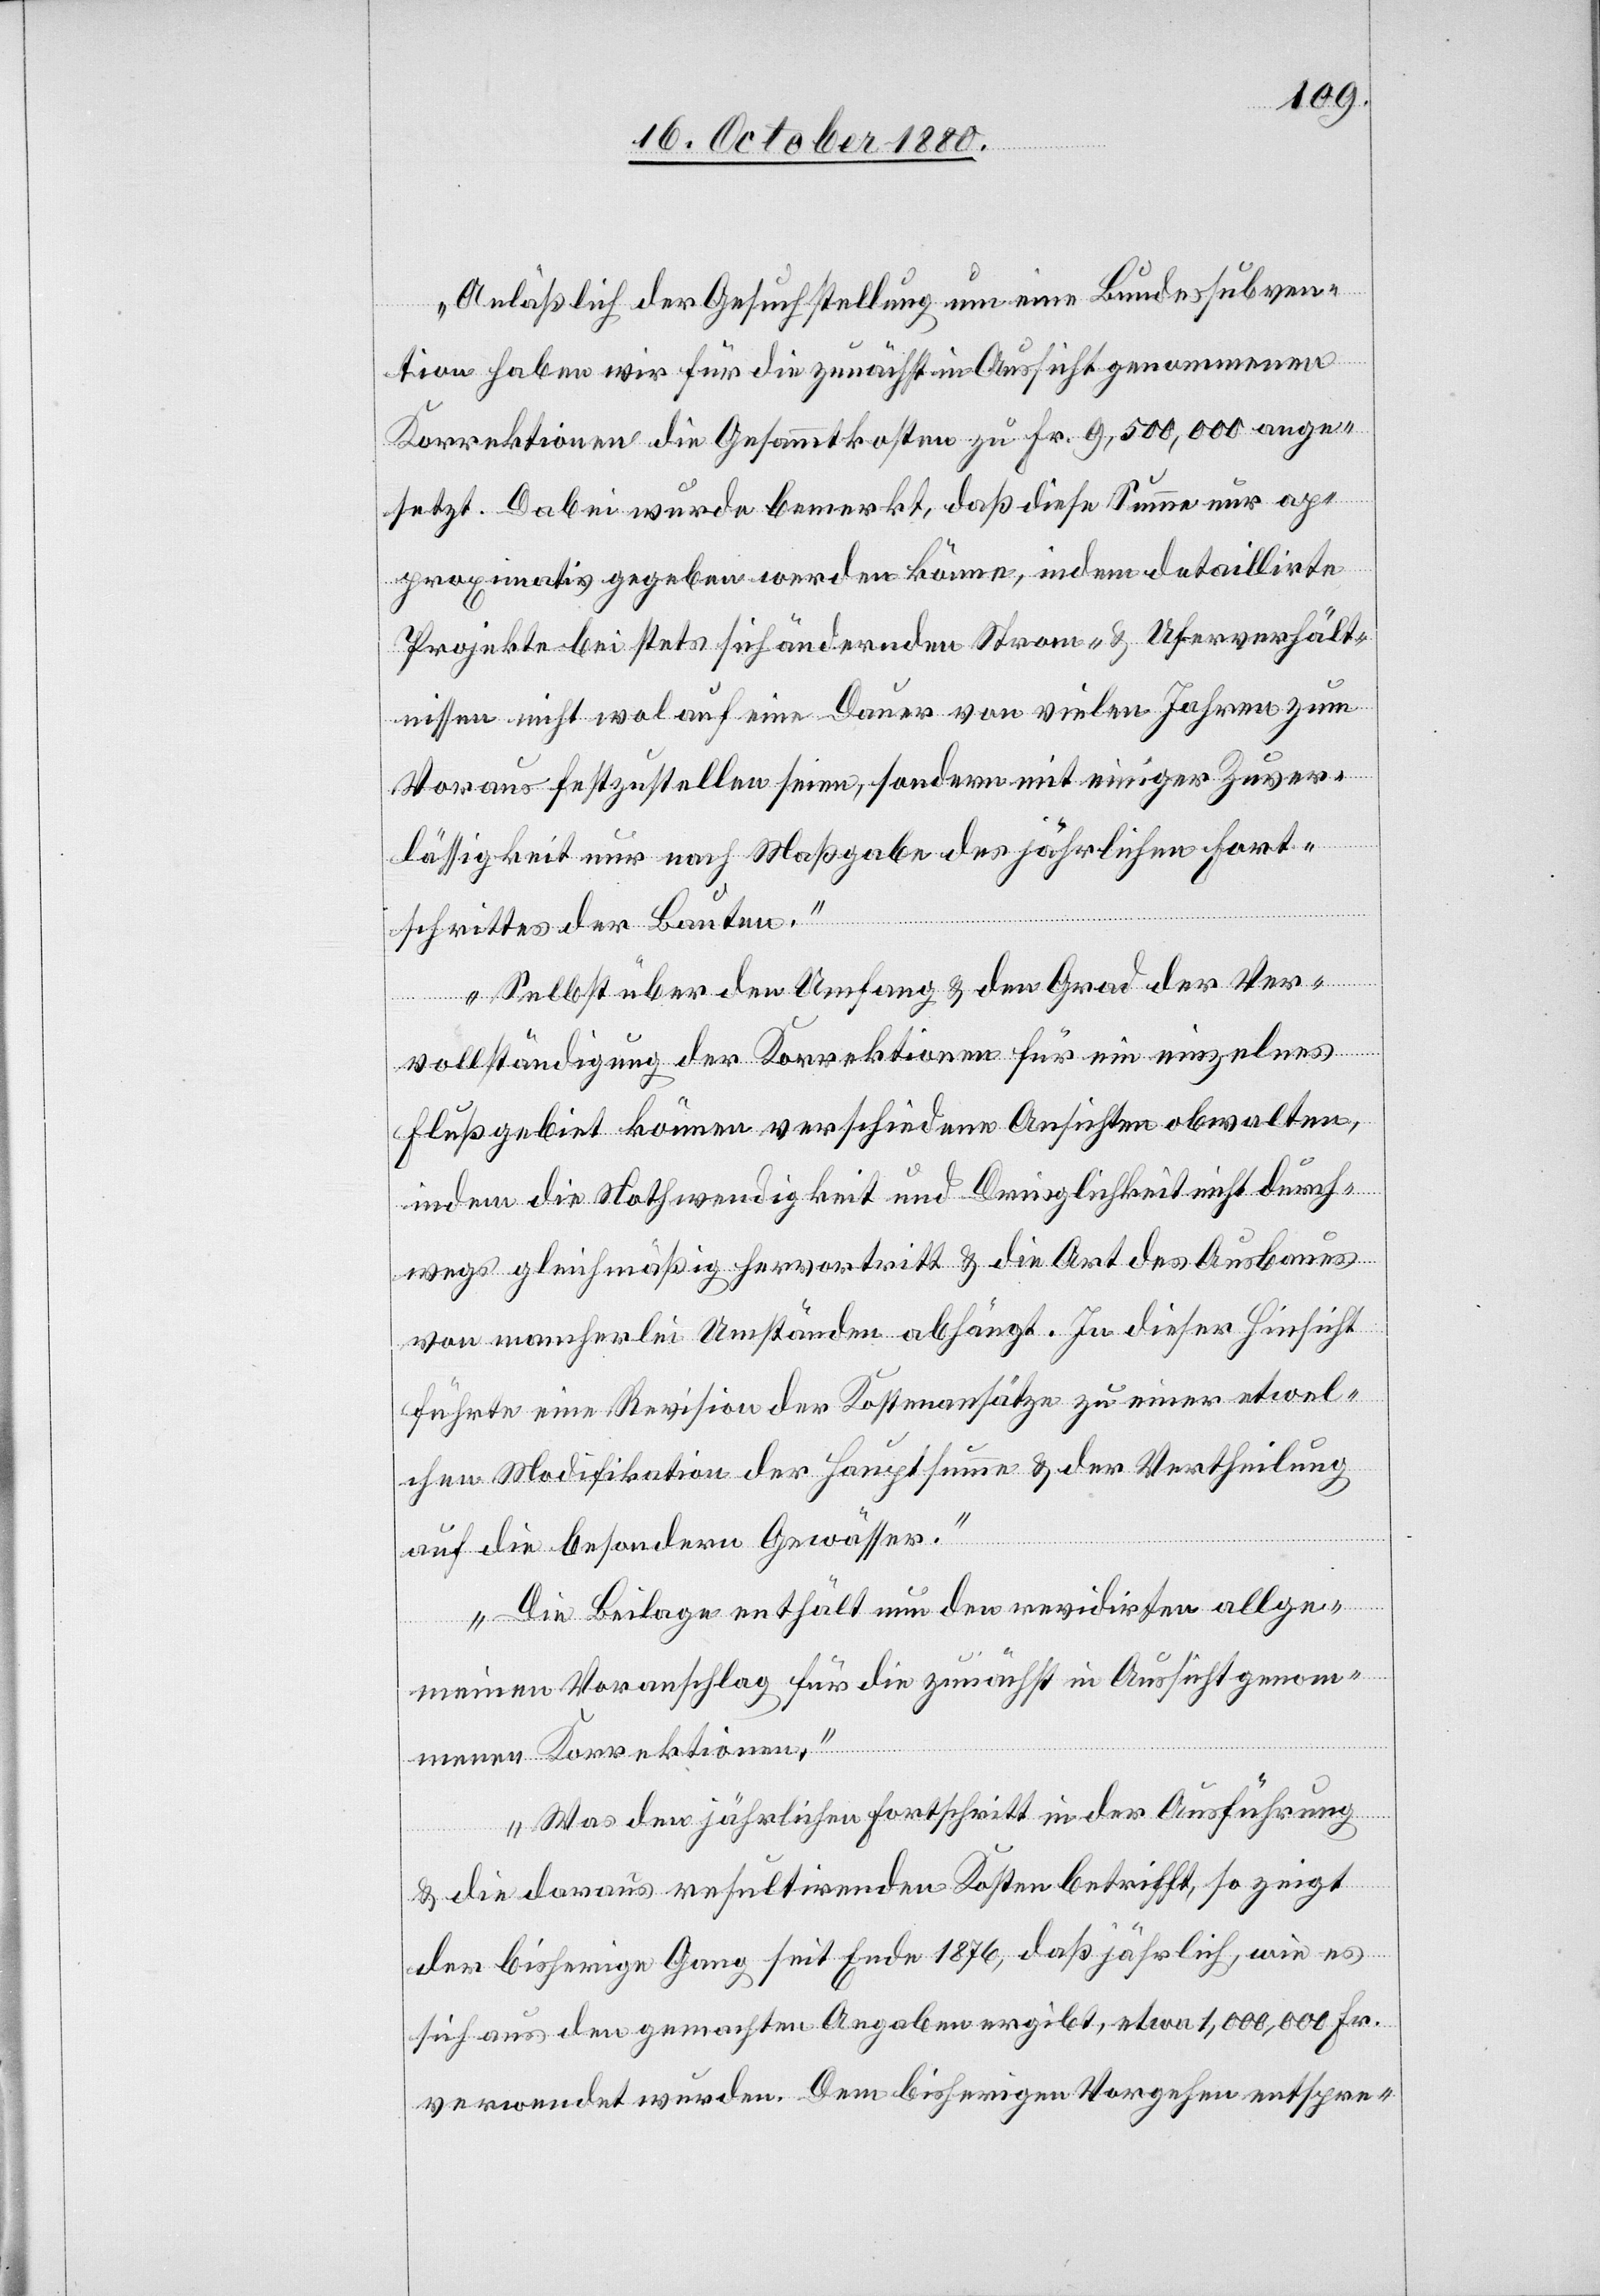
Anläßlich der Gesuchstellung um eine Bundessubven¬
tion haben wir für die zunächst in Aussicht genommenen
Korrektionen die Gesammtkosten zu Fr. 9,500,000 ange¬
setzt. Dabei wurde bemerkt, daß diese Summe nur ap¬
proximativ gegeben werden könne, indem detaillirte
Projekte bei stets sich ändernden Strom- & Uferverhält¬
nissen nicht wol auf eine Dauer von vielen Jahren zum
Voraus festzustellen seien, sondern mit einiger Zuver¬
lässigkeit nur nach Maßgabe des jährlichen Fort¬
schrittes der Bauten.
Selbst über den Umfang & den Grad der Ver¬
vollständigung der Korrektionen für ein einzelnes
Flußgebiet können verschiedene Ansichten obwalten,
indem die Nothwendigkeit und Dringlichkeit nicht durch¬
wegs gleichmäßig hervortritt & die Art des Ausbaues
von mancherlei Umständen abhängt. In dieser Hinsicht
führte eine Revision der Kostenansätze zu einer etwel¬
chen Modifikation der Hauptsumme & der Vertheilung
auf die besondern Gewässer.
Die Beilage enthält nun den revidirten allge¬
meinen Voranschlag für die zunächst in Aussicht genom¬
menen Korrektionen.
Was den jährlichen Fortschritt in der Ausführung
& die daraus resultirenden Kosten betrifft, so zeigt
der bisherige Gang seit Ende 1876, daß jährlich, wie es
sich aus den gemachten Angaben ergibt, etwa 1,000,000 Fr.
verwendet wurden. Dem bisherigen Vorgehen entspre-